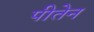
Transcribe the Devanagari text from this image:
पीतेन